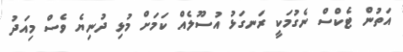
އަތުން ޓެކްސް ނެގުމަކީ ރަނގަޅު އުސޫލެއް ކަމަށް މުޅި ދުނިޔެ ވެސް މިއަދު